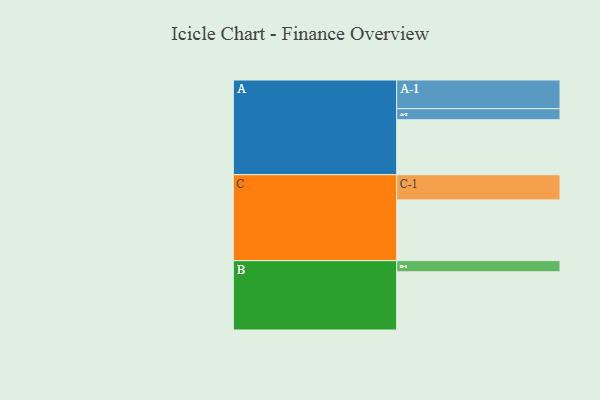
{"axis": {"x": "Segment", "y": "Value"}, "legend": ["", "A", "B", "C"], "data": [{"x": "A", "y": 427, "type": ""}, {"x": "B", "y": 452, "type": ""}, {"x": "C", "y": 472, "type": ""}, {"x": "A-1", "y": 223, "type": "A"}, {"x": "A-2", "y": 86, "type": "A"}, {"x": "B-1", "y": 87, "type": "B"}, {"x": "C-1", "y": 196, "type": "C"}]}